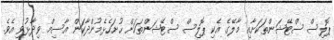
ޕޮލިސް ސްޓޭޝަންތަކަށާއި މާލޭގެ އެކި ޕޮލިސް ސްޓޭޝަންތަކަށް ހުށަހެޅެމުންދާކަން އާސިމް ވިދާޅުވި އެވެ.